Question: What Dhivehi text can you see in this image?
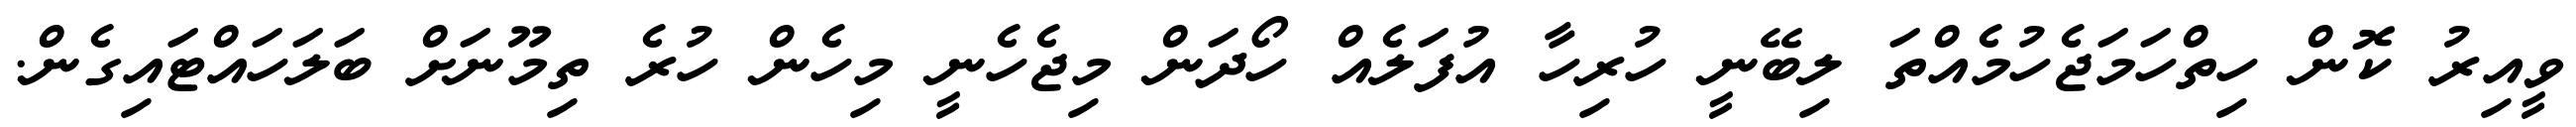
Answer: ވީއިރު ކޮން ހިތްހަމަޖެހުމެއްތަ ލިބޭނީ ހުރިހާ އުފަލެއް ހޯދަން މިޖެހެނީ މިހެން ހުރެ ތިމޫނަށް ބަލަހައްޓައިގެން.